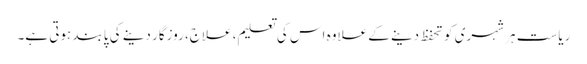
ریاست ہر شہری کو تحفظ دینے کے علاوہ اس کی تعلیم، علاج، روزگار دینے کی پابند ہوتی ہے۔